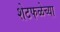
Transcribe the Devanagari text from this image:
शेटफळेच्या